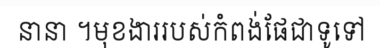
នានា ។មុខងាររបស់កំពង់ផែជាទូទៅ